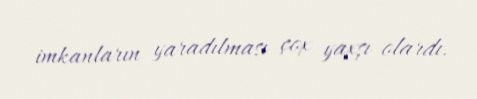
imkanların yaradılması çox yaxşı olardı.